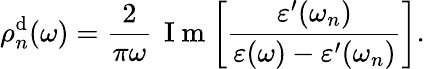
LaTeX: \rho_{n}^{\mathrm{d}}(\omega)=\frac{2}{\pi\omega}\, \mathrm{~I~m~}\! \left[\frac{\varepsilon^{\prime}(\omega_{n})}{\varepsilon(\omega)-\varepsilon^{\prime}(\omega_{n})}\right].